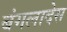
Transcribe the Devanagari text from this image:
बंगलादेस